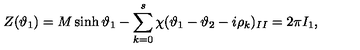
Z ( \vartheta _ { 1 } ) = M \sinh \vartheta _ { 1 } - \sum _ { k = 0 } ^ { s } \chi ( \vartheta _ { 1 } - \vartheta _ { 2 } - i \rho _ { k } ) _ { I I } = 2 \pi I _ { 1 } ,